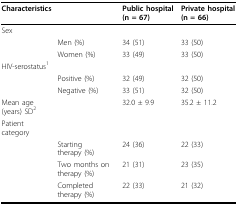
| Characteristics |  | Public hospital (n = 67) | Private hospital (n = 66) |
 | --- | --- | --- | --- |
 | Sex |  |  |  |
 |  | Men (%) | 34 (51) | 33 (50) |
 |  | Women (%) | 33 (49) | 33 (50) |
 | HIV-serostatus1 |  |  |  |
 |  | Positive (%) | 32 (49) | 32 (50) |
 |  | Negative (%) | 33 (51) | 32 (50) |
 | Mean age (years) SD2 |  | 32.0 ± 9.9 | 35.2 ± 11.2 |
 | Patient category |  |  |  |
 |  | Starting therapy (%) | 24 (36) | 22 (33) |
 |  | Two months on therapy (%) | 21 (31) | 23 (35) |
 |  | Completed therapy (%) | 22 (33) | 21 (32) |